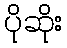
ပိုဆိုး